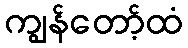
ကျွန်တော့်ထံ